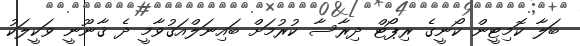
ބަލާ ކޮމިޓީން ކޯނީގެ ރިޕޯޓް ދިރާސާ ކުރުމަށް ބައިނަލްއަޤުވާމީ ދެ ޤާނޫނީ ވަކީލަކު